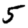
Digit: 5